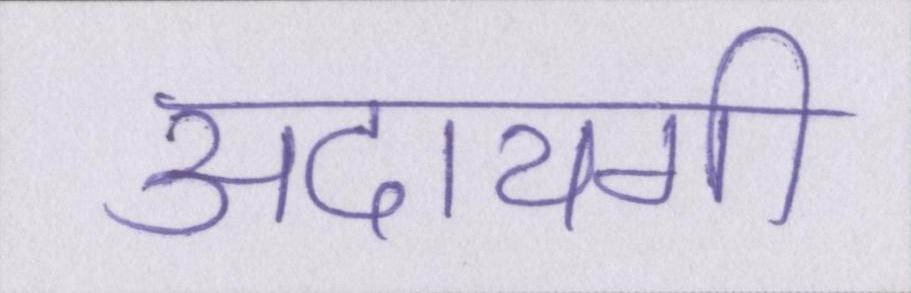
अदायगी